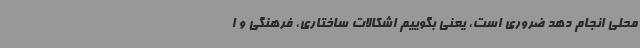
محلی انجام دهد ضروری است، یعنی بگوییم اشکالات ساختاری، فرهنگی و ا